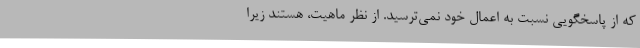
که از پاسخگویی نسبت به اعمال خود نمی‌ترسید. از نظر ماهیت، هستند زیرا